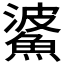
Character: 𩸓